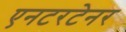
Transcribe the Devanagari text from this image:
एनटरटेनर